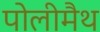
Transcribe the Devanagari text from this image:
पोलीमैथ